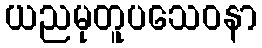
ယညမုတူပသေဝနာ